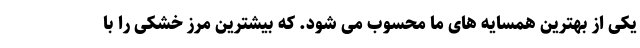
یکی از بهترین همسایه های ما محسوب می شود. که بیشترین مرز خشکی را با